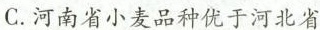
C.河南省小麦品种优于河北省